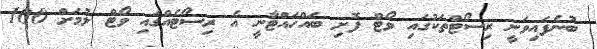
ބުނެފައިވަނީ ރިސޯޓްތަކުގައި ވޯޓް ފޮށި ބައްހައްޓާނީ އެ ރިސޯޓެއްގައި ވޯޓް ލުމަށް 100